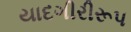
યાદગીરીરૂપ